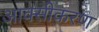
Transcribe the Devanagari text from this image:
आक्‍सीकरण